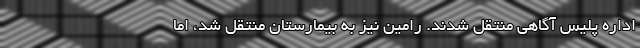
اداره پلیس آگاهی منتقل شدند. رامین نیز به بیمارستان منتقل شد، اما